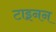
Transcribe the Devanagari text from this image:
टाइनन